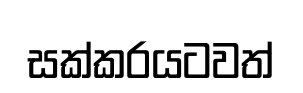
සක්කරයටවත්